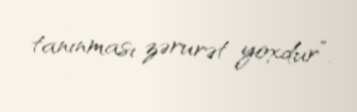
tanınması zərurət yoxdur”.